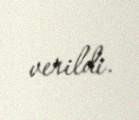
verildi.